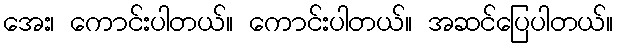
အေး၊ ကောင်းပါတယ်။ ကောင်းပါတယ်။ အဆင်ပြေပါတယ်။